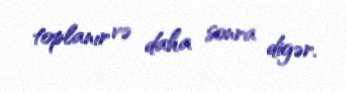
toplanır və daha sonra digər.